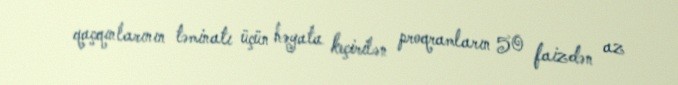
qaçqınlarının təminatı üçün həyata keçirilən proqramların 50 faizdən az